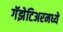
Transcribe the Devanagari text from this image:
गॅझेटिअरमध्ये